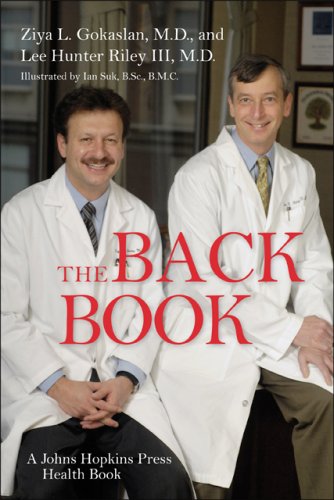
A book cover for The Back Book (A Johns Hopkins Press Health Book); Ziya L. Gokaslan; Health, Fitness & Dieting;